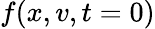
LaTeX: f(x,v,t=0)